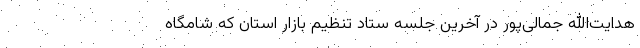
هدایت‌الله جمالی‌پور در آخرین جلسه ستاد تنظیم بازار استان که شامگاه